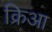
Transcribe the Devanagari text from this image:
क्रिआ